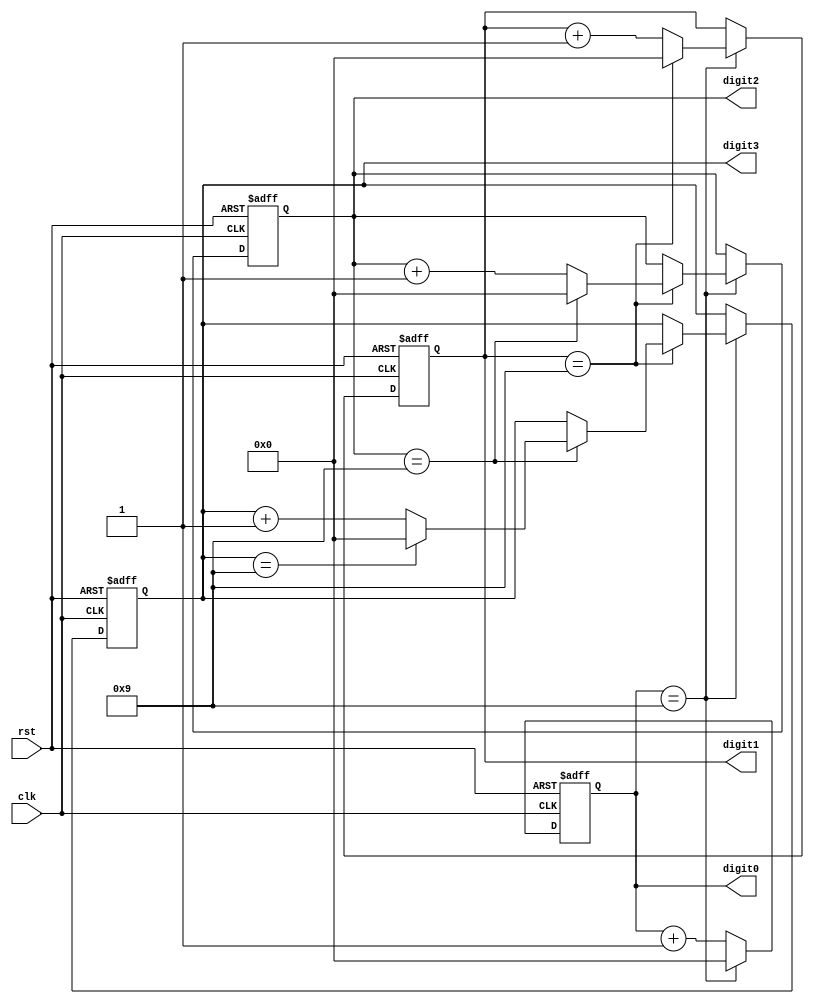
module BCD_Counter(
    input clk,
    input rst,
    output reg [3:0] digit0,
    output reg [3:0] digit1,
    output reg [3:0] digit2,
    output reg [3:0] digit3
);

reg [3:0] count [3:0];

always @(posedge clk or posedge rst) begin
    if (rst) begin
        count[0] <= 4'b0000;
        count[1] <= 4'b0000;
        count[2] <= 4'b0000;
        count[3] <= 4'b0000;
    end
    else begin
        if (count[0] == 4'b1001) begin
            count[0] <= 4'b0000;
            if (count[1] == 4'b1001) begin
                count[1] <= 4'b0000;
                if (count[2] == 4'b1001) begin
                    count[2] <= 4'b0000;
                    if (count[3] == 4'b1001) begin
                        count[3] <= 4'b0000;
                    end
                    else begin
                        count[3] <= count[3] + 4'b0001;
                    end
                end
                else begin
                    count[2] <= count[2] + 4'b0001;
                end
            end
            else begin
                count[1] <= count[1] + 4'b0001;
            end
        end
        else begin
            count[0] <= count[0] + 4'b0001;
        end
    end
end

assign digit0 = count[0];
assign digit1 = count[1];
assign digit2 = count[2];
assign digit3 = count[3];

endmodule